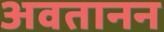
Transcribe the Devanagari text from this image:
अवतानन